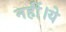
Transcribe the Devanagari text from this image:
नहीं।ये